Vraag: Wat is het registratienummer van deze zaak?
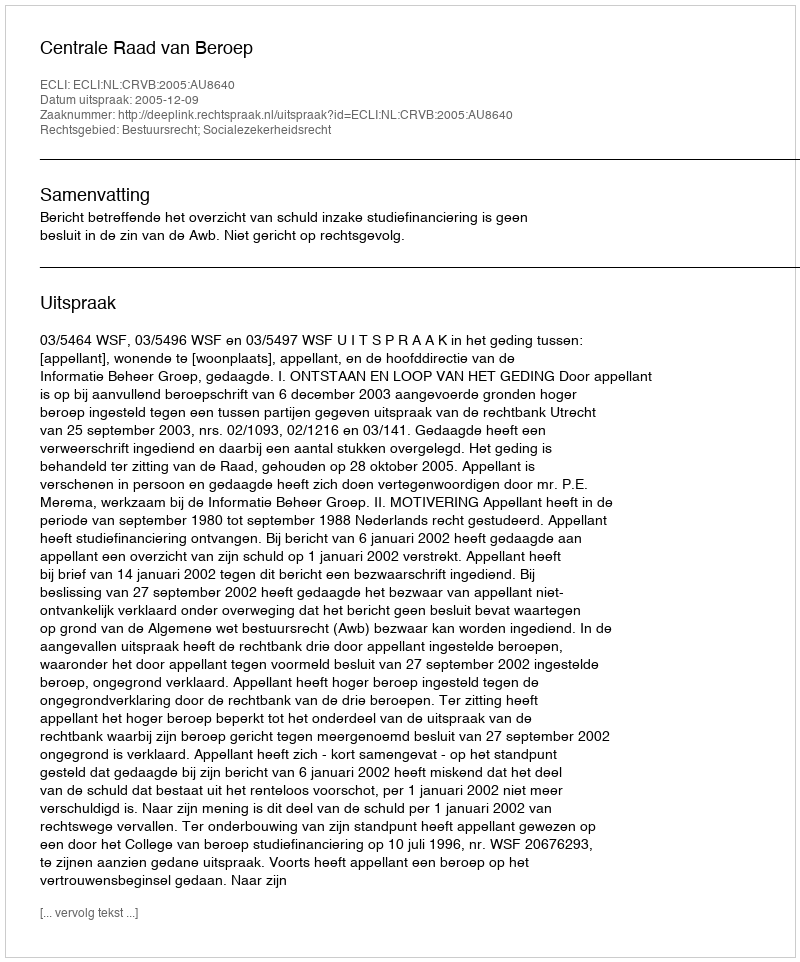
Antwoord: http://deeplink.rechtspraak.nl/uitspraak?id=ECLI:NL:CRVB:2005:AU8640